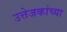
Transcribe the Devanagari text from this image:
उत्तेजकांच्या